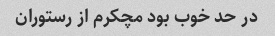
در حد خوب بود مچکرم از رستوران